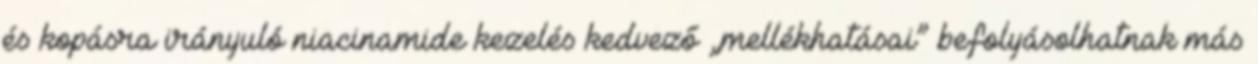
és kopásra irányuló niacinamide kezelés kedvező „mellékhatásai” befolyásolhatnak más